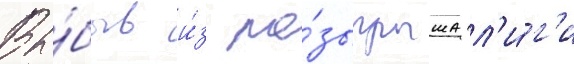
Вы́быв и́з ро́зыгрыша л'и́г'и